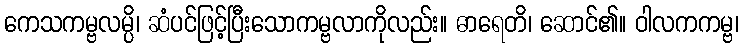
ကေသကမ္ဗလမ္ပိ၊ ဆံပင်ဖြင့်ပြီးသောကမ္ဗလာကိုလည်း။ ဓာရေတိ၊ ဆောင်၏။ ဝါလကကမ္ဗ၊